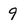
Character: 9